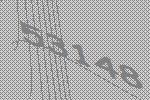
53148